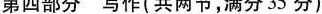
弟四部分 与作 共内节,满分35分)